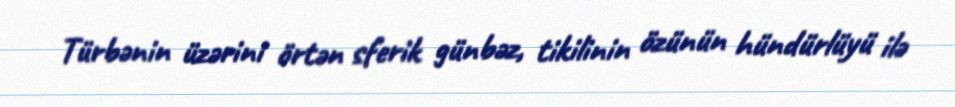
Türbənin üzərini örtən sferik günbəz, tikilinin özünün hündürlüyü ilə